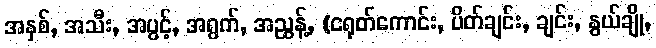
အနှစ်, အသီး, အပွင့်, အရွက်, အညွန့်, (ငရုတ်ကောင်း, ပိတ်ချင်း, ချင်း, နွယ်ချို,